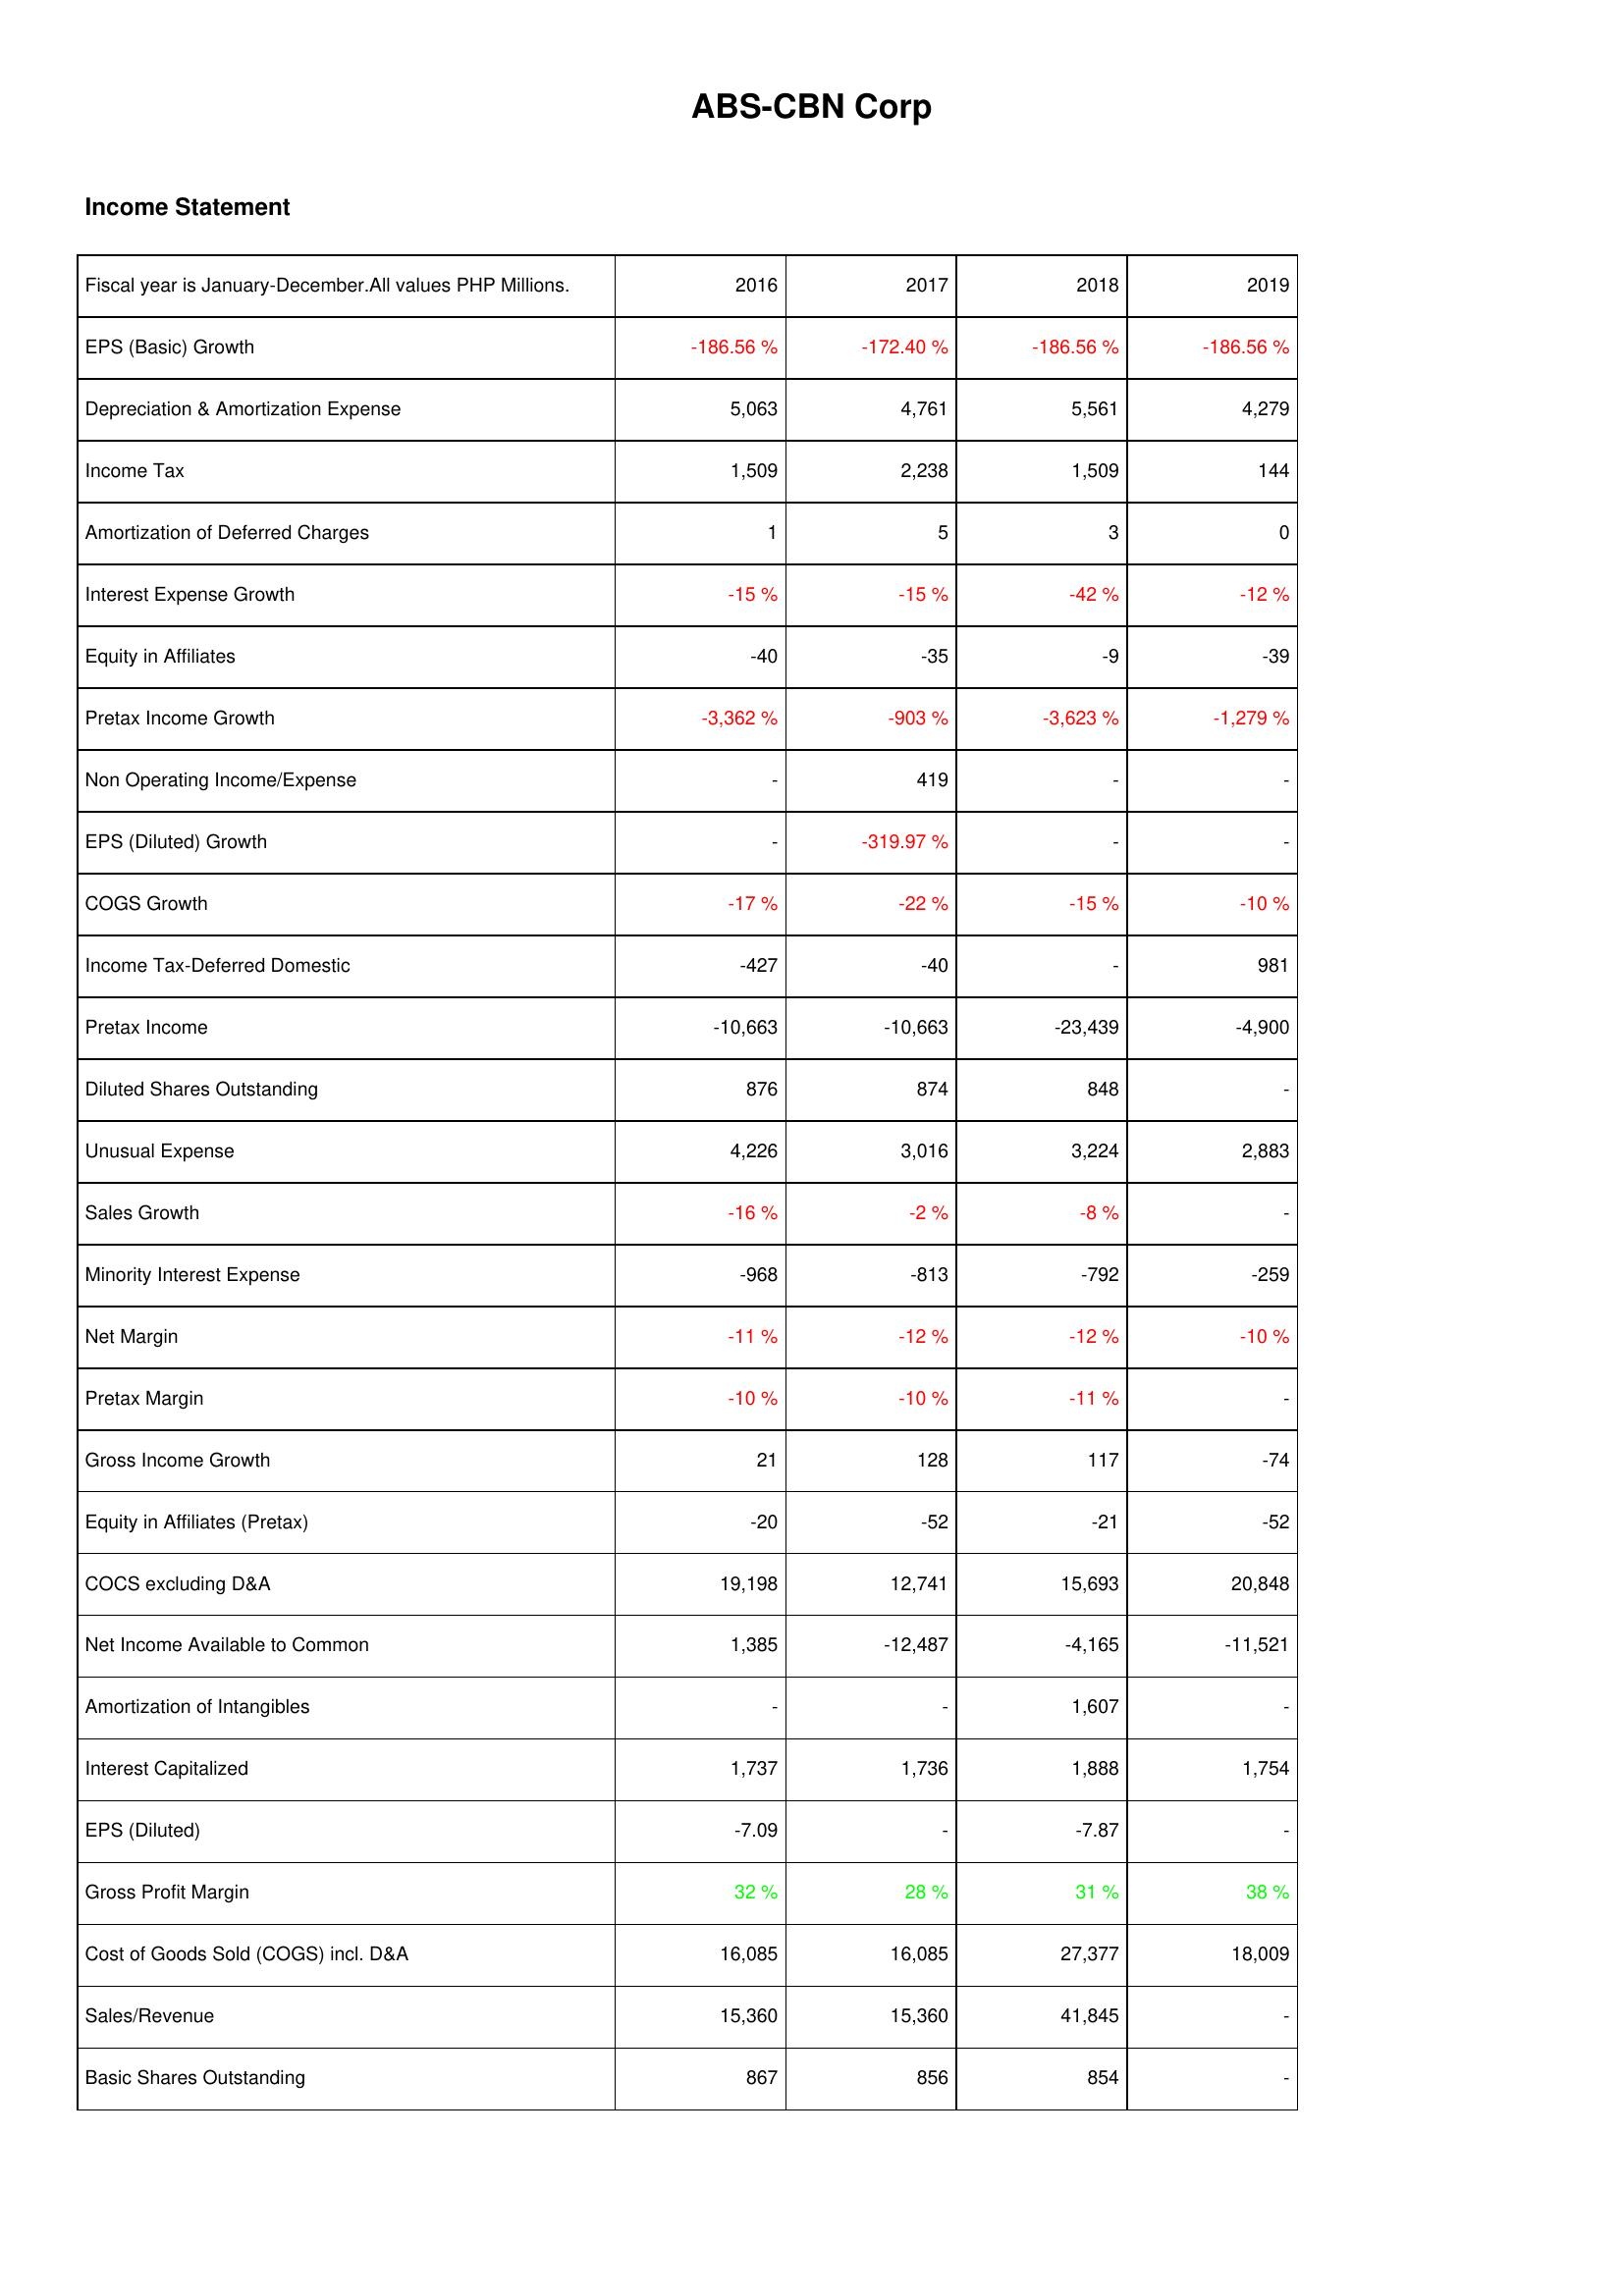
2016: Income Statement: EPS (Basic) Growth: -186.56 %
Depreciation & Amortization Expense: 5,063
Income Tax: 1,509
Amortization of Deferred Charges: 1
Interest Expense Growth: -15 %
Equity in Affiliates: -40
Pretax Income Growth: -3,362 %
Non Operating Income/Expense: -
EPS (Diluted) Growth: -
COGS Growth: -17 %
Income Tax-Deferred Domestic: -427
Pretax Income: -10,663
Diluted Shares Outstanding: 876
Unusual Expense: 4,226
Sales Growth: -16 %
Minority Interest Expense: -968
Net Margin: -11 %
Pretax Margin: -10 %
Gross Income Growth: 21
Equity in Affiliates (Pretax): -20
COCS excluding D&A: 19,198
Net Income Available to Common: 1,385
Amortization of Intangibles: -
Interest Capitalized: 1,737
EPS (Diluted): -7.09
Gross Profit Margin: 32 %
Cost of Goods Sold (COGS) incl. D&A: 16,085
Sales/Revenue: 15,360
Basic Shares Outstanding: 867
2017: Income Statement: EPS (Basic) Growth: -172.40 %
Depreciation & Amortization Expense: 4,761
Income Tax: 2,238
Amortization of Deferred Charges: 5
Interest Expense Growth: -15 %
Equity in Affiliates: -35
Pretax Income Growth: -903 %
Non Operating Income/Expense: 419
EPS (Diluted) Growth: -319.97 %
COGS Growth: -22 %
Income Tax-Deferred Domestic: -40
Pretax Income: -10,663
Diluted Shares Outstanding: 874
Unusual Expense: 3,016
Sales Growth: -2 %
Minority Interest Expense: -813
Net Margin: -12 %
Pretax Margin: -10 %
Gross Income Growth: 128
Equity in Affiliates (Pretax): -52
COCS excluding D&A: 12,741
Net Income Available to Common: -12,487
Amortization of Intangibles: -
Interest Capitalized: 1,736
EPS (Diluted): -
Gross Profit Margin: 28 %
Cost of Goods Sold (COGS) incl. D&A: 16,085
Sales/Revenue: 15,360
Basic Shares Outstanding: 856
2018: Income Statement: EPS (Basic) Growth: -186.56 %
Depreciation & Amortization Expense: 5,561
Income Tax: 1,509
Amortization of Deferred Charges: 3
Interest Expense Growth: -42 %
Equity in Affiliates: -9
Pretax Income Growth: -3,623 %
Non Operating Income/Expense: -
EPS (Diluted) Growth: -
COGS Growth: -15 %
Income Tax-Deferred Domestic: -
Pretax Income: -23,439
Diluted Shares Outstanding: 848
Unusual Expense: 3,224
Sales Growth: -8 %
Minority Interest Expense: -792
Net Margin: -12 %
Pretax Margin: -11 %
Gross Income Growth: 117
Equity in Affiliates (Pretax): -21
COCS excluding D&A: 15,693
Net Income Available to Common: -4,165
Amortization of Intangibles: 1,607
Interest Capitalized: 1,888
EPS (Diluted): -7.87
Gross Profit Margin: 31 %
Cost of Goods Sold (COGS) incl. D&A: 27,377
Sales/Revenue: 41,845
Basic Shares Outstanding: 854
2019: Income Statement: EPS (Basic) Growth: -186.56 %
Depreciation & Amortization Expense: 4,279
Income Tax: 144
Amortization of Deferred Charges: 0
Interest Expense Growth: -12 %
Equity in Affiliates: -39
Pretax Income Growth: -1,279 %
Non Operating Income/Expense: -
EPS (Diluted) Growth: -
COGS Growth: -10 %
Income Tax-Deferred Domestic: 981
Pretax Income: -4,900
Diluted Shares Outstanding: -
Unusual Expense: 2,883
Sales Growth: -
Minority Interest Expense: -259
Net Margin: -10 %
Pretax Margin: -
Gross Income Growth: -74
Equity in Affiliates (Pretax): -52
COCS excluding D&A: 20,848
Net Income Available to Common: -11,521
Amortization of Intangibles: -
Interest Capitalized: 1,754
EPS (Diluted): -
Gross Profit Margin: 38 %
Cost of Goods Sold (COGS) incl. D&A: 18,009
Sales/Revenue: -
Basic Shares Outstanding: -